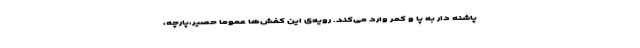
پاشنه دار به پا و کمر وارد می‌کند. رویه‌ی این کفش‌ها عموما حصیر،پارچه،